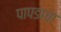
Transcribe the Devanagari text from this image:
पापडाचा